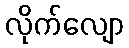
လိုက်လျော